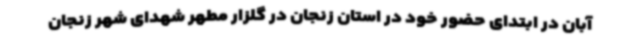
آبان در ابتدای حضور خود در استان زنجان در گلزار مطهر شهدای شهر زنجان